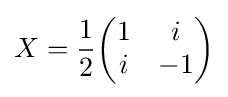
X={1 \over 2}{\begin{pmatrix}1&i\\i&-1\end{pmatrix}}